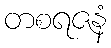
တစရဇနံ